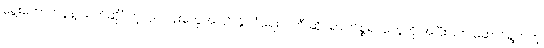
ရွေးကောက်ပွဲနဲ့ သက်ဆိုင်တဲ့လုပ်ငန်းတွေအပြင် နိုင်ငံရေး ပါတီ ဆိုင်ရာ ကိစ္စရပ်တွေကို အပြီးပြတ် ဆောင်ရွက်တဲ့